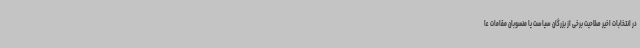
در انتخابات اخیر صلاحیت برخی از بزرگان سیاست یا منسوبان مقامات عا